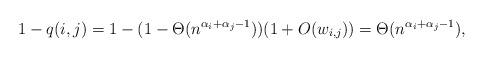
LaTeX: \begin{align*}1-q(i,j)=1-(1-\Theta(n^{\alpha_i+\alpha_j-1}))(1+O(w_{i,j}))=\Theta(n^{\alpha_i+\alpha_j-1}),\end{align*}